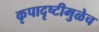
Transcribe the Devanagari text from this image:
कृपादृष्टीमुळेच